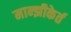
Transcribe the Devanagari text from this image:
मान्झीकेर्त